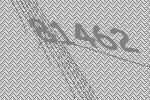
81462